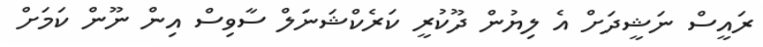
ރައީސް ނަޝީދަށް އެ ލިޔުން ދޫކުރީ ކަރެކްޝަނަލް ސާވިސް އިން ނޫން ކަމަށް